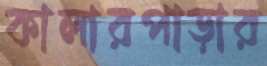
কালারপাড়ার